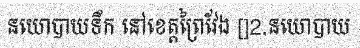
នយោបាយទឹក នៅខេត្តព្រៃវែង []2.នយោបាយ